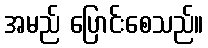
အမည် ပြောင်းစေသည်။